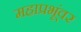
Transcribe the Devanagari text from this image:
महाप्रभूंवर